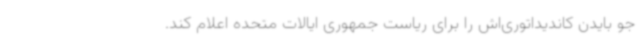
جو بایدن کاندیداتوری‌اش را برای ریاست جمهوری ایالات متحده اعلام کند.